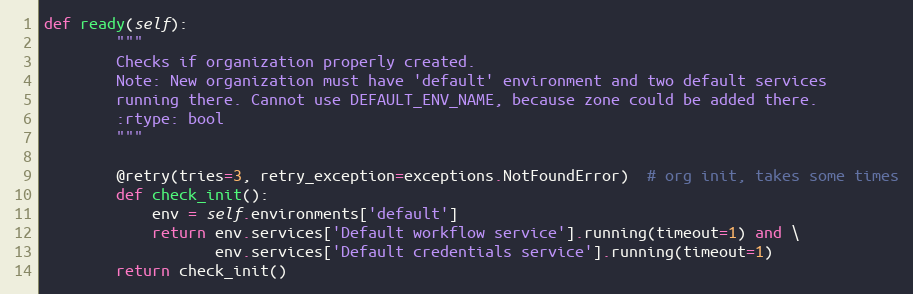
Language: Python
def ready(self):
        """
        Checks if organization properly created.
        Note: New organization must have 'default' environment and two default services
        running there. Cannot use DEFAULT_ENV_NAME, because zone could be added there.
        :rtype: bool
        """

        @retry(tries=3, retry_exception=exceptions.NotFoundError)  # org init, takes some times
        def check_init():
            env = self.environments['default']
            return env.services['Default workflow service'].running(timeout=1) and \
                   env.services['Default credentials service'].running(timeout=1)
        return check_init()